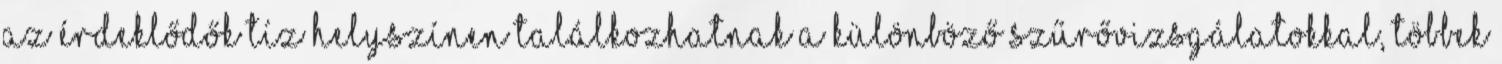
az érdeklődők tíz helyszínen találkozhatnak a különböző szűrővizsgálatokkal, többek